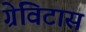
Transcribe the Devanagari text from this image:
ग्रेविटास